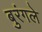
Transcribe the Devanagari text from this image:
बुरंगले